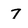
Character: 7